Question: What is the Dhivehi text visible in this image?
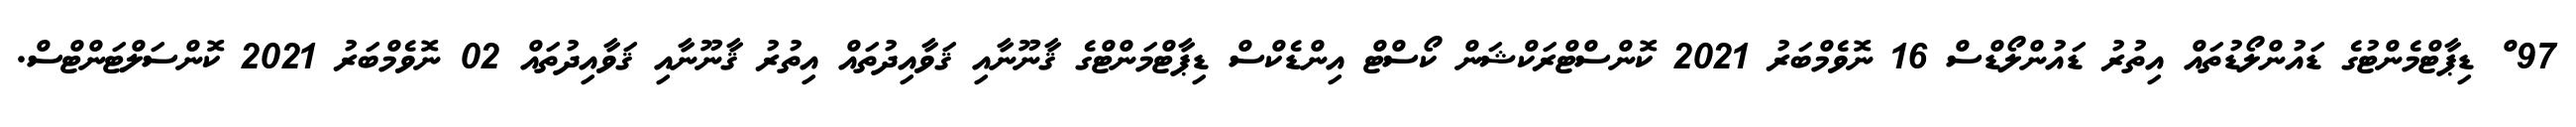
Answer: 97 ް ޑިޕާޓްމެންޓުގެ ޑައުންލޯޑުތައް އިތުރު ޑައުންލޯޑްސް 16 ނޮވެމްބަރު 2021 ކޮންސްޓްރަކްޝަން ކޯސްޓް އިންޑެކްސް ޑިޕާޓްމަންޓްގެ ޤާނޫނާއި ޤަވާއިދުތައް އިތުރު ޤާނޫނާއި ޤަވާއިދުތައް 02 ނޮވެމްބަރު 2021 ކޮންސަލްޓަންޓްސް.